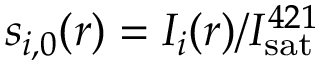
s _ { i , 0 } ( \boldsymbol { r } ) = I _ { i } ( \boldsymbol { r } ) / I _ { \mathrm { s a t } } ^ { 4 2 1 }